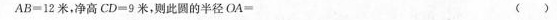
AB=12米，净高CD=9米，则此圆的半径OA=